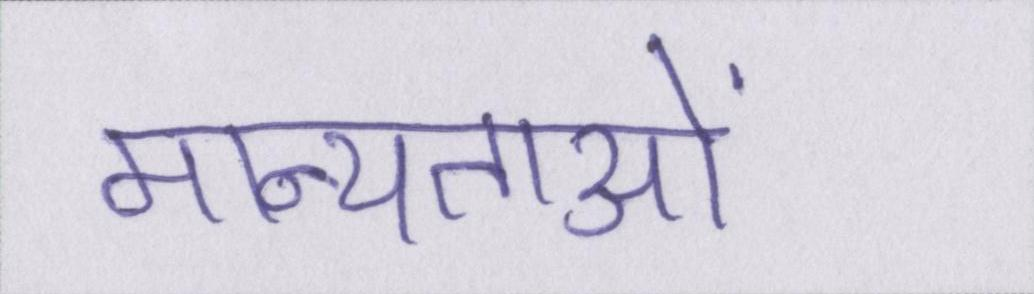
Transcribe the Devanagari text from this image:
मान्यताओं